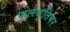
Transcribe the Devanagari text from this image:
फलश्रुतिपर